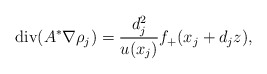
\begin{align*}\mbox{div}(A^{*} \nabla \rho_j) = \dfrac{d_{j}^{2}}{u(x_j)} f_{+}(x_j + d_jz),\end{align*}